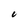
Character: 6